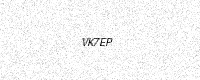
Text: VK7EP